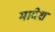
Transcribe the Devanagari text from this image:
मादेश